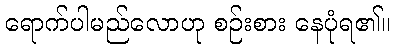
ရောက်ပါမည်လောဟု စဉ်းစား နေပုံရ၏။